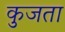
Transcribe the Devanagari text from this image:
कुजता